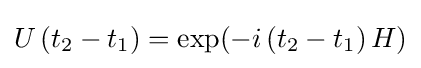
U\left(t_{2}-t_{1}\right)=\exp({-i\left(t_{2}-t_{1}\right)H})